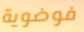
فوضوية